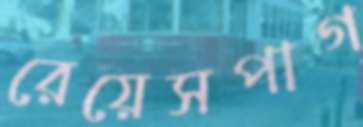
রেয়েসপাগ